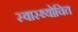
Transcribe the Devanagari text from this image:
स्वास्थ्योचित